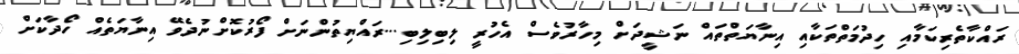
ރައްކާތެރިކަމާއި ހިދުމަތްތަކާއި އިނާޔަތްތައް ނަޝީދަށް މިހާރުުވެސް އެހުރީ ލިބިލިބި...ރައްޔިތުންނަށް ފޯރުކޮށްނުދެވޭ އިނާޔަތެއް ހޯދާކަށް